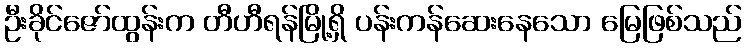
ဦးခိုင်ဇော်ထွန်းက တီဟီရန်မြို့ရှိ ပန်းကန်ဆေးနေသော မြေဖြစ်သည်